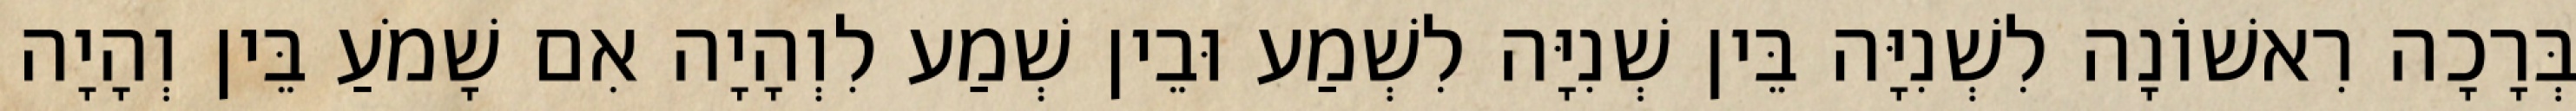
בְּרָכָה רִאשׁוֹנָה לִשְׁנִיָּה בֵּין שְׁנִיָּה לִשְׁמַע וּבֵין שְׁמַע לִוְהָיָה אִם שָׁמֹעַ בֵּין וְהָיָה